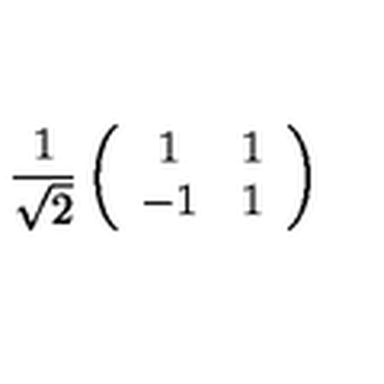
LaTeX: \frac { 1 } { \sqrt { 2 } } \left( \begin{array} { c c } { 1 } & { 1 } \\ { - 1 } & { 1 } \\ \end{array} \right)